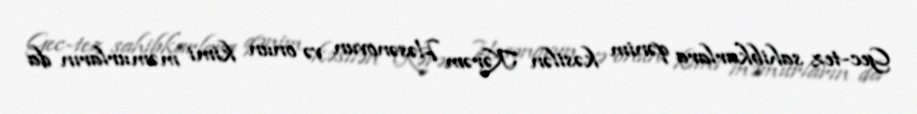
Gec-tez sahibkarlara qənim kəsilən Kərəm Həsənovun və onun kimi məmurların da